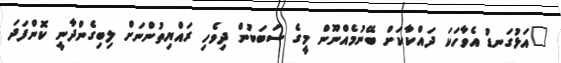
"އަޅުގަނޑު އެވާހަކަ ދައްކާކަށް ބޭނުމެއްނޫން މީގެ ސަބަބުން ދިވެހި ރައްޔިތުންނަށް ލިބިގެންދާނީ ކޮންފަދަ